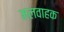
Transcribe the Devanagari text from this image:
मलवाहक